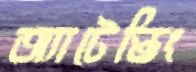
অ্যাটেন্ডিং